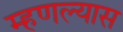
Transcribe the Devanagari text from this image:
म्हणल्यास